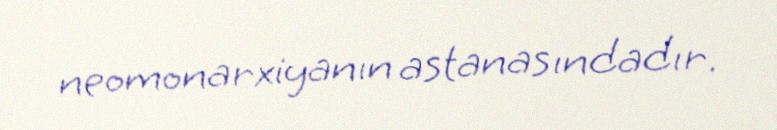
neomonarxiyanın astanasındadır.